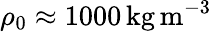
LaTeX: \rho_{0}\approx 1000\, \textnormal{kg}\, \textnormal{m}^{-3}